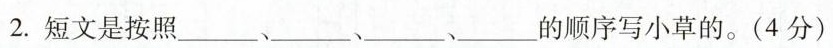
2.短文是按照___、___、___、的顺序写小草的。(4分)